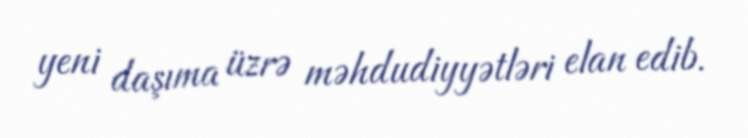
yeni daşıma üzrə məhdudiyyətləri elan edib.